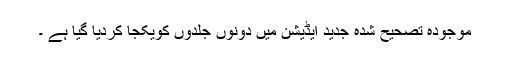
موجودہ تصحیح شدہ جدید ایڈیشن میں دونوں جلدوں کویکجا کردیا گیا ہے ۔